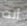
أنت